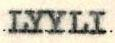
LYYLI